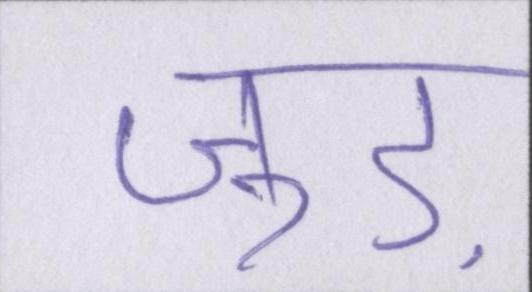
जुड़